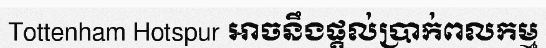
Tottenham Hotspur អាចនឹងផ្តល់ប្រាក់ពលកម្ម